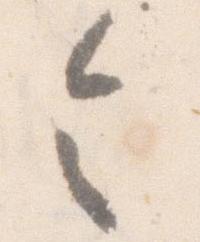
令